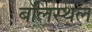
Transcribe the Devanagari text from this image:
बलिस्थल